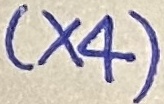
Text: (×4)